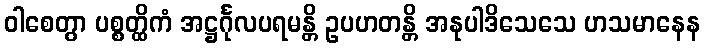
ဝါစေတွာ ပစ္စတ္ထိကံ အဋ္ဌင်္ဂုလပရမန္တိ ဥပဟတန္တိ အနုပါဒိသေသေ ဟသမာနေန